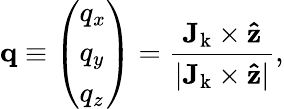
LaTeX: \mathbf{q}\equiv\left(\begin{array}{l}{q_{x}}\\ {q_{y}}\\ {q_{z}}\end{array}\right)=\frac{{\mathbf J_{\mathrm{k}}}\times\mathbf{\hat{z}}}{|{\mathbf J_{\mathrm{k}}}\times\mathbf{\hat{z}}|},